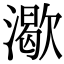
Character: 㵣